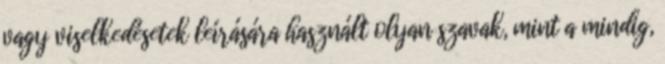
vagy viselkedésetek leírására használt olyan szavak, mint a mindig,